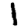
Digit: 1